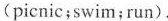
(picnic;swim;run).